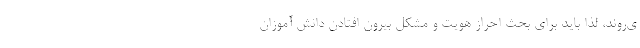
ی‌روند، لذا باید برای بحث احراز هویت و مشکل بیرون افتادن دانش آموزان